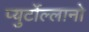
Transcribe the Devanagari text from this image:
प्युर्टोल्लानो